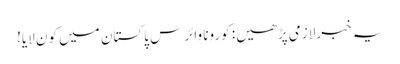
یہ خبرلازمی پڑھیں: کورونا وائرس پاکستان میں کون لایا!